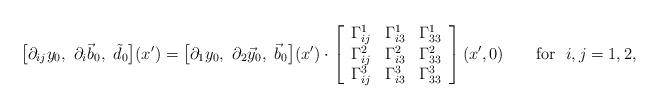
LaTeX: \begin{align*}\big[\partial_{ij}y_0, ~ \partial_i\vec b_0, ~ \tilde d_0\big](x') =\big[\partial_1y_0, ~ \partial_2\vec y_0, ~ \vec b_0\big](x')\cdot\left[\begin{array}{ccc}\Gamma_{ij}^1 & \Gamma_{i3}^1 & \Gamma_{33}^1 \\\Gamma_{ij}^2 & \Gamma_{i3}^2 & \Gamma_{33}^2 \\\Gamma_{ij}^3 & \Gamma_{i3}^3 & \Gamma_{33}^3\\ \end{array}\right](x',0) \qquad\mbox{for }\; i,j=1,2,\end{align*}